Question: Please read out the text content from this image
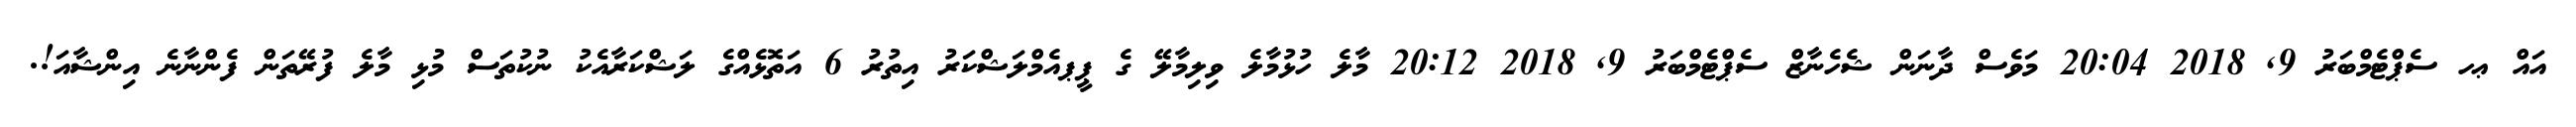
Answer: އައް ޢހ ސެޕްޓެމްބަރު 9, 2018 20:04 މަވެސް ދާނަން ޝެހެނާޒް ސެޕްޓެމްބަރު 9, 2018 20:12 މާލެ ހުޅުމާލެ ވިލިމާލޭ ގެ ޕީޕއެމްލަޝްކަރު އިތުރު 6 އަތޮޅެއްގެ ލަޝްކަރާއެކު ނުކުތަސް މުޅި މާލެ ފުރޭތަން ފެންނާނެ އިންޝާއަ!.